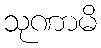
သုဏာမိ